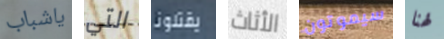
ياشباب التي يقتلونا الأثاث سيموتون لهنا